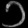
Digit: ၁